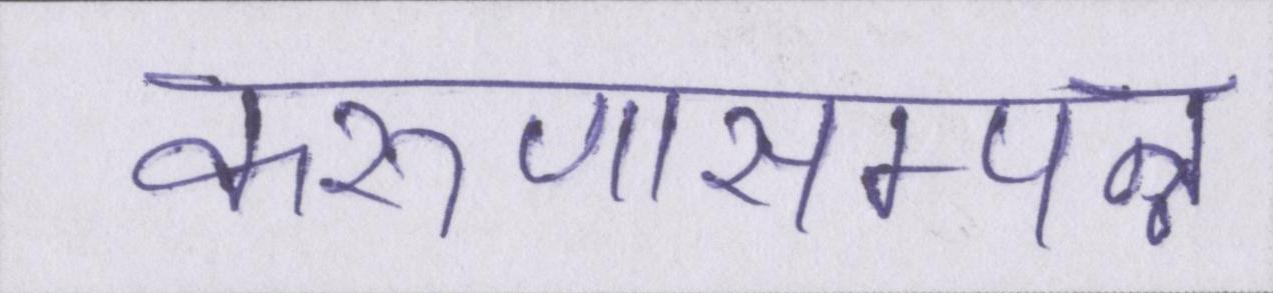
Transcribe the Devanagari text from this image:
करुणासम्पन्न